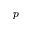
p